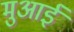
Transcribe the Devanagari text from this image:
मुआई